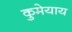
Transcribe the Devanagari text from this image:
कुमेयाय